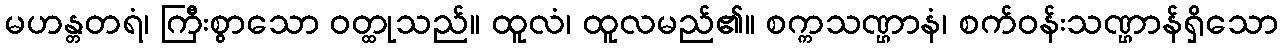
မဟန္တတရံ၊ ကြီးစွာသော ဝတ္ထုသည်။ ထူလံ၊ ထူလမည်၏။ စက္ကသဏ္ဌာနံ၊ စက်ဝန်းသဏ္ဌာန်ရှိသော